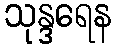
သုန္ဒရေန